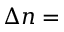
\Delta { } n =